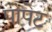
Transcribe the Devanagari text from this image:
पोपेट